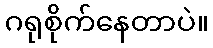
ဂရုစိုက်နေတာပဲ။